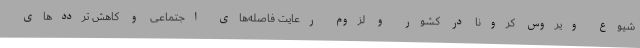
شیوع ویروس کرونا در کشور و لزوم رعایت فاصله‌های اجتماعی و کاهش ترددهای